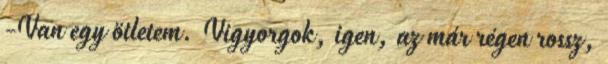
-Van egy ötletem. Vigyorgok, igen, az már régen rossz,